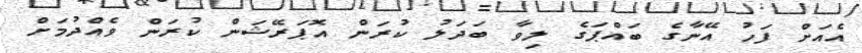
އެއަށް ފަހު އޭނާގެ ބައްޕަގެ ލިވާ ބަދަލު ކުރަން އޮޕަރޭޝަން ކުރަން ވެއްދުމަށް